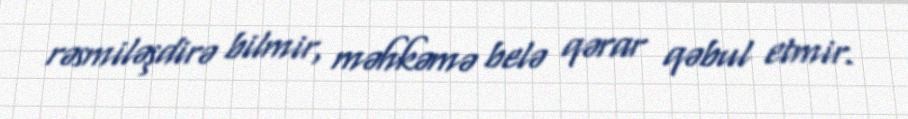
rəsmiləşdirə bilmir, məhkəmə belə qərar qəbul etmir.